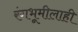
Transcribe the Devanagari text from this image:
रंगभूमीलाही